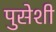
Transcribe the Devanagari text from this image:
पुसेशी